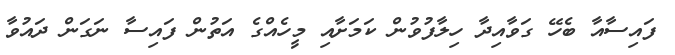
ފައިސާއާ ބެހޭ ގަވާއިދާ ހިލާފުވުން ކަމަށާއި މީހެއްގެ އަތުން ފައިސާ ނަގަން ދައުވާ